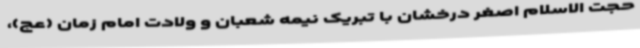
حجت الاسلام اصغر درخشان با تبریک نیمه شعبان و ولادت امام زمان (عج)،